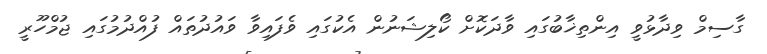
ގާސިމް ވިދާޅުވީ އިންތިޚާބުގައި ވާދަކޮށް ކޯލިޝަނުން އެކުގައި ވެފައިވާ ވައުދުތައް ފުއްދުމުގައި ޖުމްހޫރީ